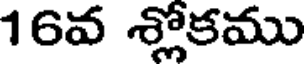
16వ శ్లోకము